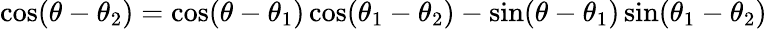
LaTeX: \cos(\theta-\theta_{2})=\cos(\theta-\theta_{1})\cos(\theta_{1}-\theta_{2})-\sin(\theta-\theta_{1})\sin(\theta_{1}-\theta_{2})